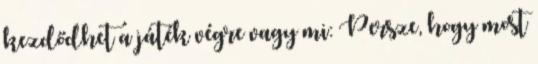
kezdődhet a játék végre vagy mi: Persze, hogy most